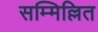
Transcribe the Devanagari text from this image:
सम्मिल्लित